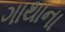
ગાથાના